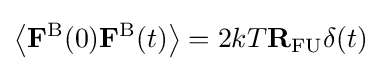
\left\langle \mathbf {F} ^{\mathrm {B} }(0)\mathbf {F} ^{\mathrm {B} }(t)\right\rangle =2kT\mathbf {R} _{\mathrm {FU} }\delta (t)